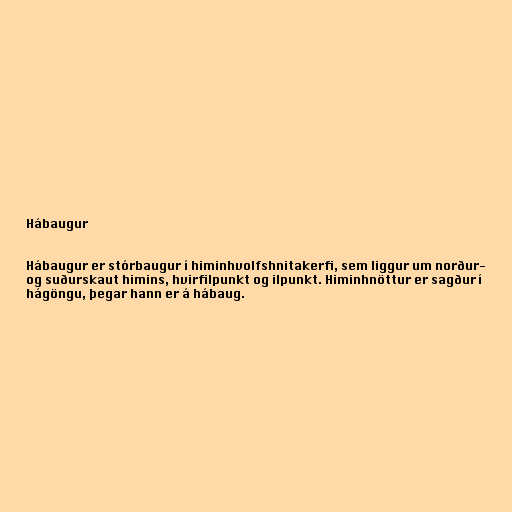
Hábaugur

Hábaugur er stórbaugur í himinhvolfshnitakerfi, sem liggur um norður-
og suðurskaut himins, hvirfilpunkt og ilpunkt. Himinhnöttur er sagður í
hágöngu, þegar hann er á hábaug.